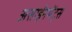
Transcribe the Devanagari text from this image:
असाईनमेंट्स